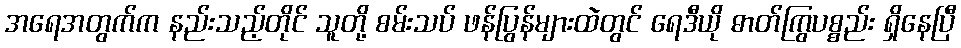
အရေအတွက်က နည်းသည့်တိုင် သူတို့ စမ်းသပ် ဖန်ပြွန်များထဲတွင် ရေဒီယို ဓာတ်ကြွပစ္စည်း ရှိနေပြီ